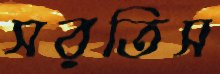
সরতিস